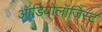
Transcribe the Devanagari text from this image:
ऑडियोलॉजिस्ट